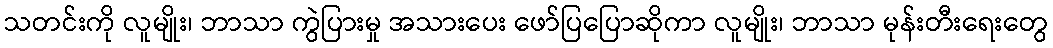
သတင်းကို လူမျိုး၊ ဘာသာ ကွဲပြားမှု အသားပေး ဖော်ပြပြောဆိုကာ လူမျိုး၊ ဘာသာ မုန်းတီးရေးတွေ